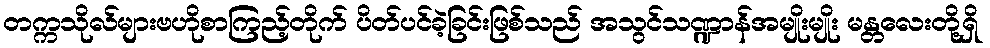
တက္ကသိုလ်များဗဟိုစာကြည့်တိုက် ပိတ်ပင်ခဲ့ခြင်းဖြစ်သည် အသွင်သဏ္ဍာန်အမျိုးမျိုး မန္တလေးတို့ရှိ